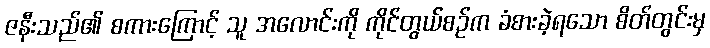
ဇနီးသည်၏ စကားကြောင့် သူ အလောင်းကို ကိုင်တွယ်စဉ်က ခံစားခဲ့ရသော စိတ်တွင်းမှ